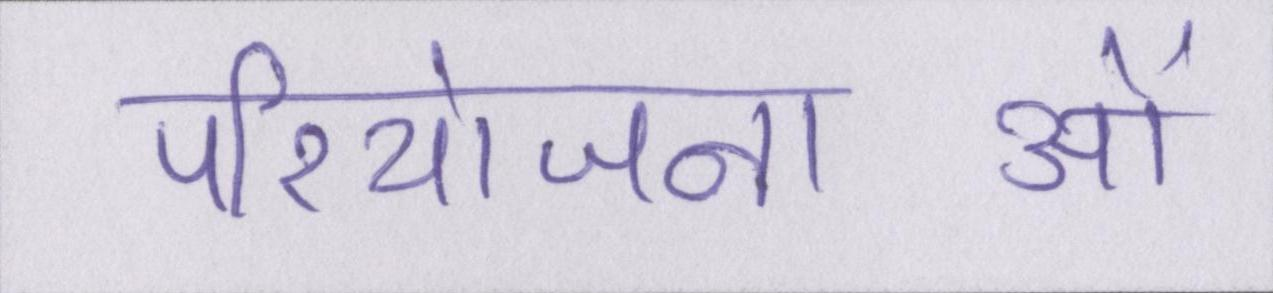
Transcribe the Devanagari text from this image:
परियोजनाओं